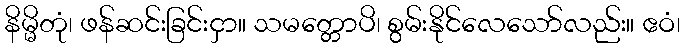
နိမ္မိတုံ၊ ဖန်ဆင်းခြင်းငှာ။ သမတ္တောပိ၊ စွမ်းနိုင်လေသော်လည်း။ ဧဝံ၊